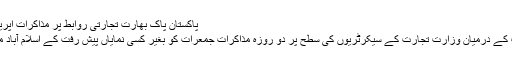
پاکستان پاک بھارت تجارتی روابط پر مذاکرات اپریل 28, 2011
پاکستان بھارت کے درمیان وزارت تجارت کے سیکرٹریوں کی سطح پر دو روزہ مذاکرات جمعرات کو بغیر کسی نمایاں پیش رفت کے اسلام آباد میں ختم ہوگئے۔